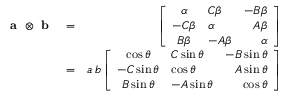
\begin{array} { r l r } { \textbf { a } \otimes \textbf { b } } & { = } & { \left[ \begin{array} { c l r r } { \alpha } & { C \beta } & { - B \beta } \\ { - C \beta } & { \alpha } & { A \beta } \\ { B \beta } & { - A \beta } & { \alpha } \end{array} \right] } \\ & { = } & { a \, b \left[ \begin{array} { c l r r } { \cos \theta } & { C \sin \theta } & { - B \sin \theta } \\ { - C \sin \theta } & { \cos \theta } & { A \sin \theta } \\ { B \sin \theta } & { - A \sin \theta } & { \cos \theta } \end{array} \right] } \end{array}